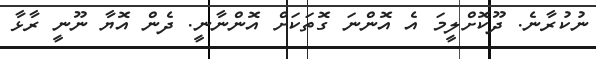
ނުކުރާނެ. ދޫކޮށްލީމަ އެ އޮންނަ ގޮތަކަށް އޮންނާނީ. ދެން އޮޔާ ނޫނީ ރާޅާ